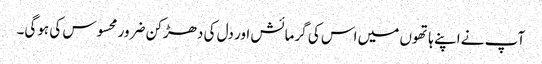
آپ نے اپنے ہاتھوں میں اس کی گرمائش اور دل کی دھڑکن ضرور محسوس کی ہوگی۔